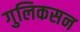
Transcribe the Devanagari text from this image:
गुलिकसन